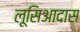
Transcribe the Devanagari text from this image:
लूसिआदास